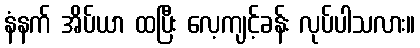
နံနက် အိပ်ယာ ထပြီး လေ့ကျင့်ခန်း လုပ်ပါသလား။